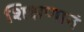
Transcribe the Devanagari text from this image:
शिक्षणानं